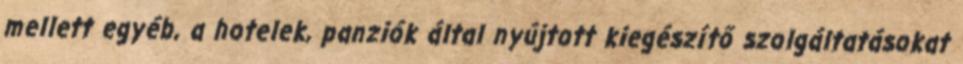
mellett egyéb, a hotelek, panziók által nyújtott kiegészítő szolgáltatásokat